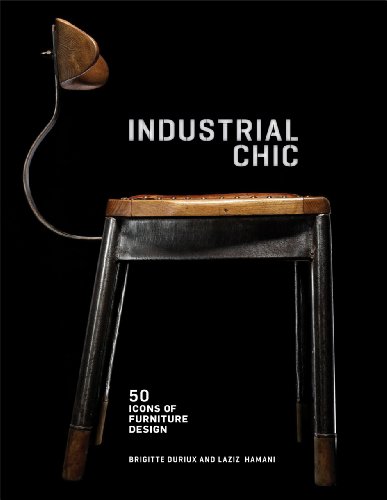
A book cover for Industrial Chic: 50 Icons of Furniture and Lighting Design; Brigitte Durieux; Arts & Photography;